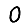
Digit: 0